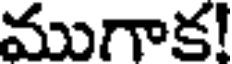
ముగాక!